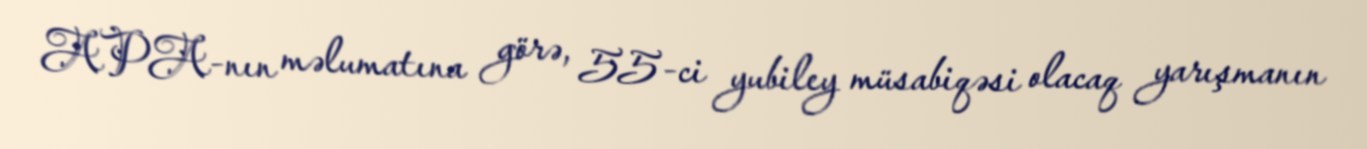
APA-nın məlumatına görə, 55-ci yubiley müsabiqəsi olacaq yarışmanın